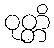
ဝုတ္တိ